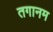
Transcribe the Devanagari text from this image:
तगानम